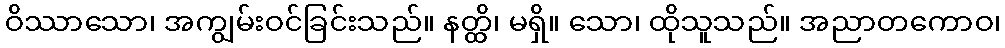
ဝိဿာသော၊ အကျွမ်းဝင်ခြင်းသည်။ နတ္ထိ၊ မရှိ။ သော၊ ထိုသူသည်။ အညာတကောဝ၊